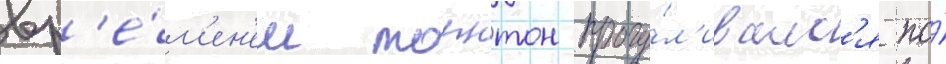
вр'е́м'ен'ем торнтон прогу́л'ивалс'я по́